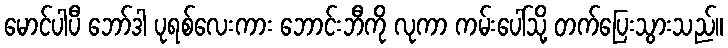
မောင်ပါပီ ဘော်ဒါ ပုရစ်လေးကား ဘောင်းဘီကို လုကာ ကမ်းပေါ်သို့ တက်ပြေးသွားသည်။